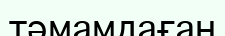
тәмамдаған